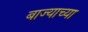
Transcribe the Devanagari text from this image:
बाज्याच्या